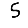
Digit: 5